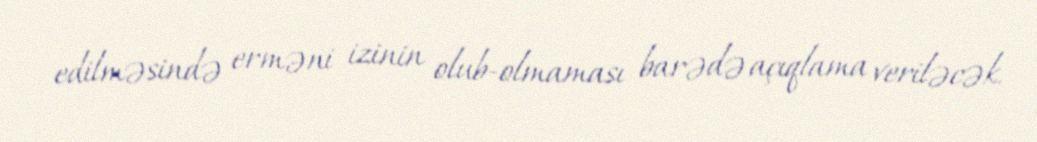
edilməsində erməni izinin olub-olmaması barədə açıqlama veriləcək.